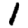
Digit: 1